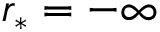
r _ { * } = - \infty